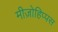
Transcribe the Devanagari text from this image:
मीज़ोहिप्पस